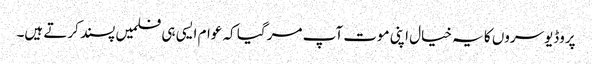
پروڈیوسروں کا یہ خیال اپنی موت آپ مر گیا کہ عوام ایسی ہی فلمیں پسند کرتے ہیں۔